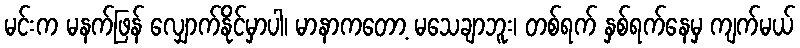
မင်းက မနက်ဖြန် လျှောက်နိုင်မှာပါ၊ မာနာကတော့ မသေချာဘူး၊ တစ်ရက် နှစ်ရက်နေမှ ကျက်မယ်